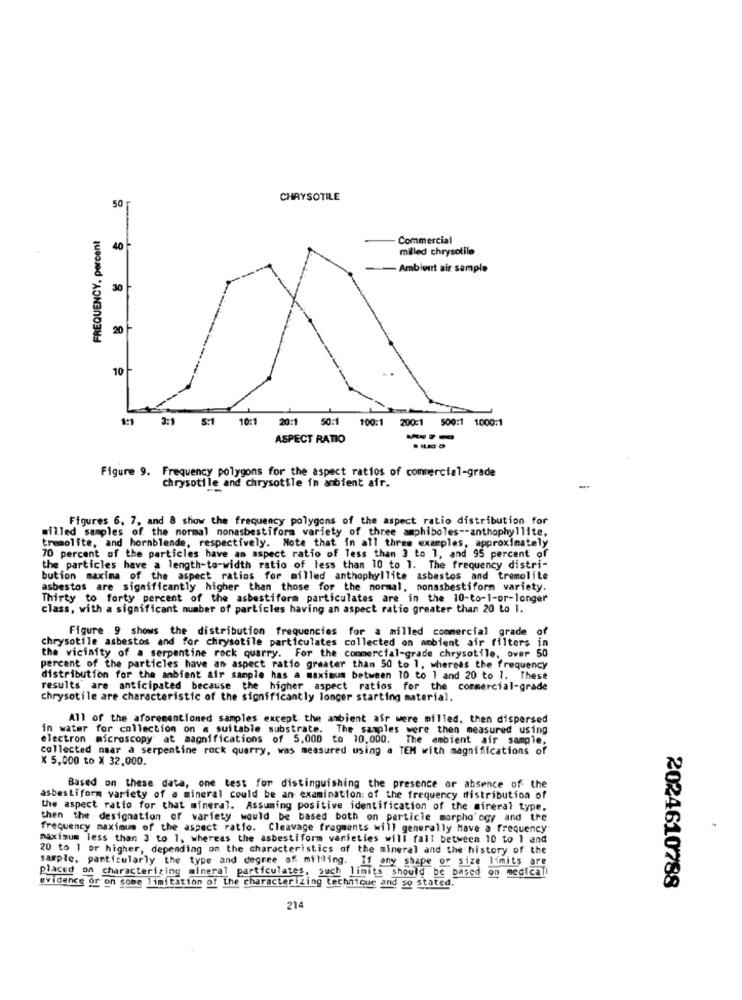
50
CHRYSOTILE
FREQUENCY. percent
Commercial
40
milled chrysotile
- Ambient air sample
30 -
20
10-
1:1
5:1
10:1
20:1
50:1
100:1 200:1 500:1 1000:1
ASPECT RATIO
Figure 9. Frequency polygons for the aspect ratios of commercial-grade
chrysotile and chrysotile in anbient afr.
Figures 6, 7, and 8 show the frequency polygons of the aspect ratio distribution for
milled samples of the normal nonasbestiform variety of three amphiboles -- anthophyllite,
treaolite, and hornblende, respectively. Note that in all three examples, approximately
70 percent of the particles have an aspect ratio of less than 3 to 1, and 95 percent of
the particles have a length-to-width ratio of less than 10 to 1. The frequency distri-
bution maxima of the aspect ratios for milled anthophyllite asbestos and tremolite
asbestos are significantly higher than those for the normal, nonasbestiform variety.
Thirty to forty percent of the asbestiform particulates are in the 10-to-1-or-longer
class, with a significant number of particles having an aspect ratio greater than 20 to 1.
Figure 9 shows the distribution frequencies for a milled commercial grade of
chrysotile asbestos and for chrysotile particulates collected on ambient air filters in
the vicinity of a serpentine rock quarry. For the commercial-grade chrysotile, over 50
percent of the particles have an aspect ratio greater than 50 to 1, whereas the frequency
distribution for the ambient air sample has a maximum between 10 to 1 and 20 to 1. These
results' are anticipated because the higher aspect ratios for the commercial-grade
Chrysotile are characteristic of the significantly longer starting material.
All of the aforementioned samples except the ambient air were milled, then dispersed
in water for collection on a suitable substrate. The samples were then measured using
electron microscopy at magnifications of 5,000 to 10.000. The ambient air sample,
collected naar a serpentine rock quarry, was measured using a TEM with magnifications of
X 5,000 to X 32,000.
Based on these data, one test for distinguishing the presence or absence of the
asbestiform variety of a mineral could be an examination: of the frequency distribution of
the aspect ratio for that mineral. Assuming positive identification of the mineral type,
then the designation of variety would be based both on particle morpho ogy and the
frequency maximum of the aspect ratio. Cleavage fragments will generally Have a frequency
maximum less than 3 to I, whereas the asbestiform varieties will fall between 10 to 1 and
20 to 1 or higher, depending on the characteristics of the mineral and the history of the
sample, particularly the type and degree of milling. If any shape of size limits are
placed on characterizing mineral particulates, such limits should be based on medical
evidence or on some limitation of the characterizing technique and so stated.
2024610788
214